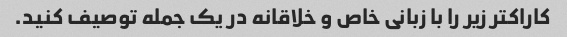
کاراکتر زیر را با زبانی خاص و خلاقانه در یک جمله توصیف کنید.